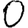
Digit: 0